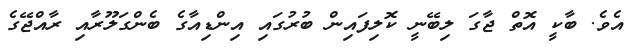
އެވެ. ބާކީ އޮތް ޖާގަ ލިބޭނީ ކޮލިފައިން ބުރުގައި އިންޑިއާގެ ބެންގަލޫރާއި ރާއްޖޭގެ